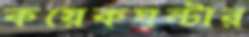
কয়েকঘন্টার